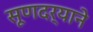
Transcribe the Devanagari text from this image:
सूणदर्‍याने